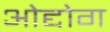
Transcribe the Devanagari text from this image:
ओद्दोग